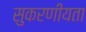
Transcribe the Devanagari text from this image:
सुकरणीयता